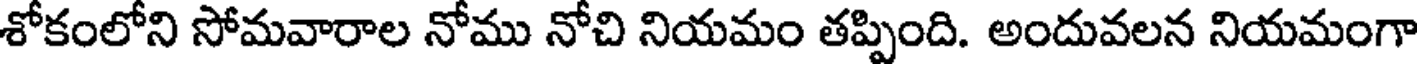
శోకంలోని సోమవారాల నోము నోచి నియమం తప్పింది. అందువలన నియమంగా